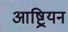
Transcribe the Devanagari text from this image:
आष्ट्रियन